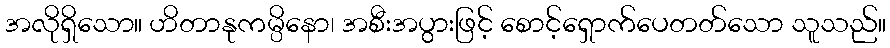
အလိုရှိသော။ ဟိတာနုကမ္ပိနော၊ အစီးအပွားဖြင့် စောင့်ရှောက်ပေတတ်သော သူသည်။